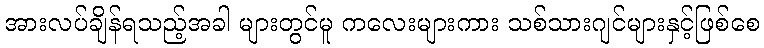
အားလပ်ချိန်ရသည့်အခါ များတွင်မူ ကလေးများကား သစ်သားဂျင်များနှင့်ဖြစ်စေ